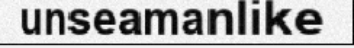
unseamanlike